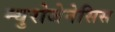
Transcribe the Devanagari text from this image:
न्युरोजेनेसिस